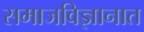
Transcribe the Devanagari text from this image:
समाजविज्ञानात